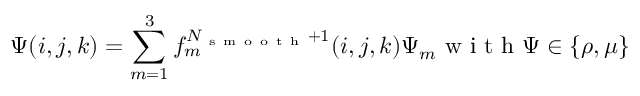
\Psi ( i , j , k ) = \sum _ { m = 1 } ^ { 3 } f _ { m } ^ { N _ { \mathrm { ~ s ~ m ~ o ~ o ~ t ~ h ~ } } + 1 } ( i , j , k ) \Psi _ { m } \mathrm { ~ w ~ i ~ t ~ h ~ } \Psi \in \{ \rho , \mu \}